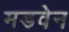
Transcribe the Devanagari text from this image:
मडवेन